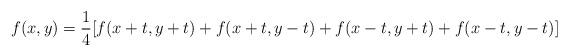
LaTeX: \begin{align*}f(x,y)=\frac{1}{4}[f(x+t,y+t)+f(x+t,y-t)+f(x-t,y+t)+f(x-t,y-t)]\end{align*}